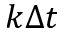
k \Delta t